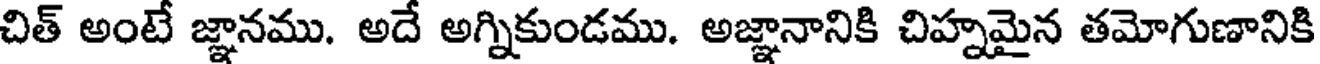
చిత్ అంటే జ్ఞానము. అదే అగ్నికుండము. అజ్ఞానానికి చిహ్నమైన తమోగుణానికి